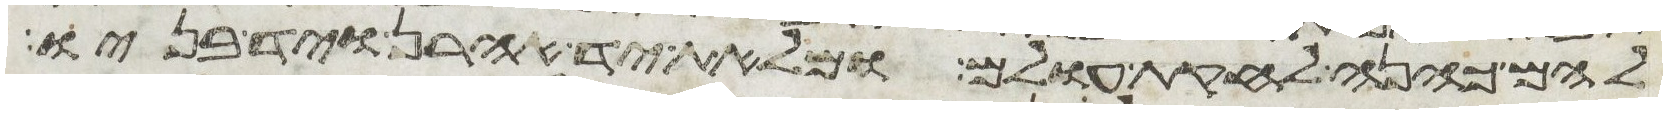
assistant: להם כהנה לחקת עולם ומלאת יד אהרן ויד בניו